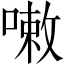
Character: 𠻳